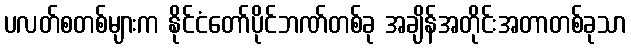
ပလတ်စတစ်များက နိုင်ငံတော်ပိုင်ဘဏ်တစ်ခု အချိန်အတိုင်းအတာတစ်ခုသာ